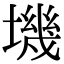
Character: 㙨